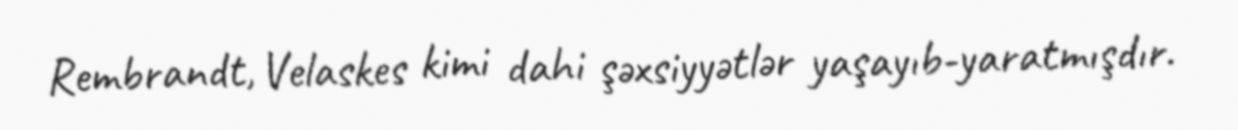
Rembrandt, Velaskes kimi dahi şəxsiyyətlər yaşayıb-yaratmışdır.